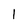
Character: 1